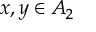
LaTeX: x , y \in A _ { 2 }